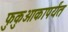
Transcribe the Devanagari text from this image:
फुकुओकापर्यंत